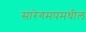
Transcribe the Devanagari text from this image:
सारेगमपमधील